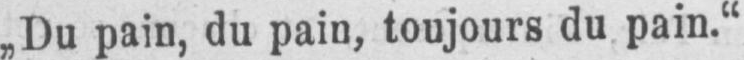
„Du pain, du pain, toujours du pain.“